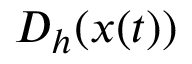
D _ { h } ( x ( t ) )